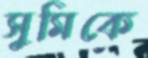
সুমিকে